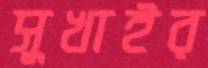
সুখাইর